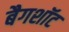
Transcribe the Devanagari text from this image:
बैगशॉट